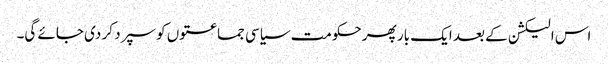
اس الیکشن کے بعد ایک بار پھر حکومت سیاسی جماعتوں کو سپرد کر دی جائے گی۔